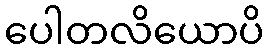
ပေါတလိယောပိ